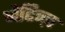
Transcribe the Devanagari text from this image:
नेटिव्ज़